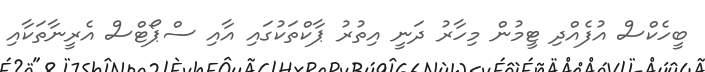
ބީހެކްސް އުފެއްދި ޓީމުން މިހާރު ދަނީ އިތުރު ޕާކްތަކުގައި އާއި ސްޕޯޓްސް އެރީނާތަކާއި